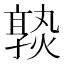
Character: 𡦦